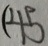
( 4 5